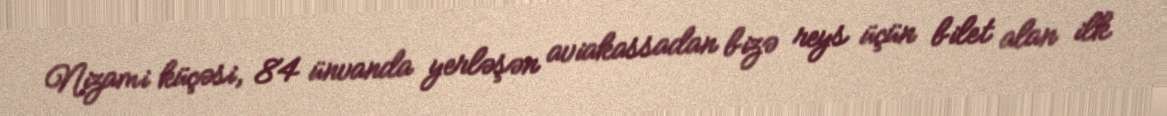
Nizami küçəsi, 84 ünvanda yerləşən aviakassadan bizə reys üçün bilet alan ilk